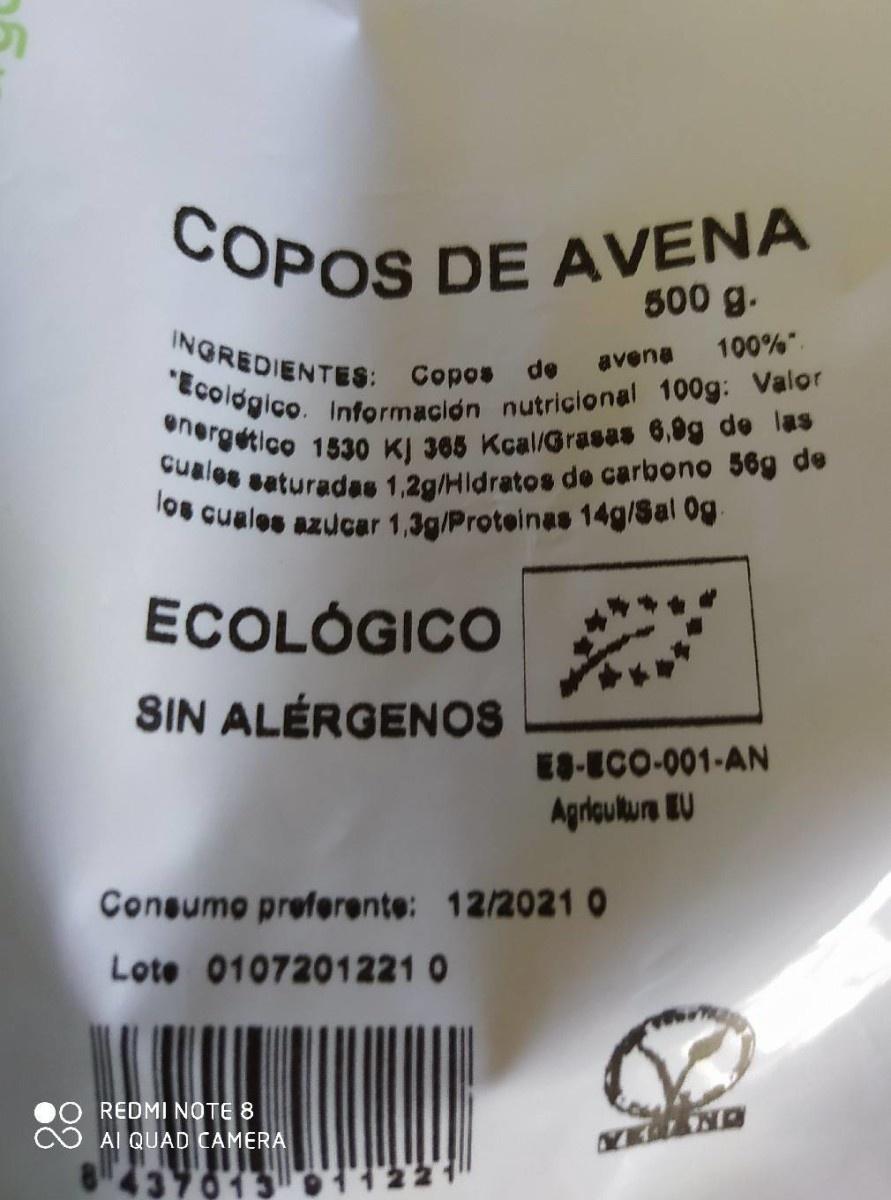
COPOS
COPOS DE AVENA
500 g.
INGREDIENTES: Copos de avena 100%" "Ecologico. Información nutricional 100g: Valor energetico 1530 KJ 365 Kcal/Grasas 6.0g de las Guales saturades 1,2g/Hidratos de carbono 56g de los cuales azucar 1,3g/Proteines 14g/Sal 0g
ECOLÓGICO
SIN ALÉRGENOS
ES-ECO-001-AN
Agrioulum BU
Consumo preferente: 12/2021O
Lote 0107201221 0
REDMI NOTE 8
AI QUAD CAMERA
KK ND